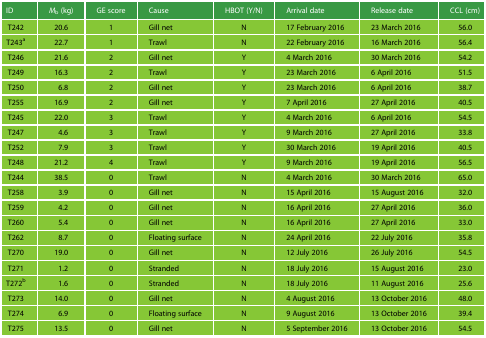
<table><thead><tr><td><b>ID</b></td><td><b><i>M</i><sub>b</sub> (kg)</b></td><td><b>GE score</b></td><td><b>Cause</b></td><td><b>HBOT (Y/N)</b></td><td><b>Arrival date</b></td><td><b>Release date</b></td><td><b>CCL (cm)</b></td></tr></thead><tbody><tr><td>T242</td><td>20.6</td><td>1</td><td>Gill net</td><td>N</td><td>17 February 2016</td><td>23 March 2016</td><td>56.0</td></tr><tr><td>T243<sup>a</sup></td><td>22.7</td><td>1</td><td>Trawl</td><td>N</td><td>22 February 2016</td><td>16 March 2016</td><td>56.4</td></tr><tr><td>T246</td><td>21.6</td><td>2</td><td>Gill net</td><td>Y</td><td>4 March 2016</td><td>30 March 2016</td><td>54.2</td></tr><tr><td>T249</td><td>16.3</td><td>2</td><td>Trawl</td><td>Y</td><td>23 March 2016</td><td>6 April 2016</td><td>51.5</td></tr><tr><td>T250</td><td>6.8</td><td>2</td><td>Gill net</td><td>Y</td><td>23 March 2016</td><td>6 April 2016</td><td>38.7</td></tr><tr><td>T255</td><td>16.9</td><td>2</td><td>Gill net</td><td>Y</td><td>7 April 2016</td><td>27 April 2016</td><td>40.5</td></tr><tr><td>T245</td><td>22.0</td><td>3</td><td>Trawl</td><td>Y</td><td>4 March 2016</td><td>6 April 2016</td><td>54.5</td></tr><tr><td>T247</td><td>4.6</td><td>3</td><td>Trawl</td><td>Y</td><td>9 March 2016</td><td>27 April 2016</td><td>33.8</td></tr><tr><td>T252</td><td>7.9</td><td>3</td><td>Trawl</td><td>Y</td><td>30 March 2016</td><td>19 April 2016</td><td>40.5</td></tr><tr><td>T248</td><td>21.2</td><td>4</td><td>Trawl</td><td>Y</td><td>9 March 2016</td><td>19 April 2016</td><td>56.5</td></tr><tr><td>T244</td><td>38.5</td><td>0</td><td>Trawl</td><td>N</td><td>4 March 2016</td><td>30 March 2016</td><td>65.0</td></tr><tr><td>T258</td><td>3.9</td><td>0</td><td>Gill net</td><td>N</td><td>15 April 2016</td><td>15 August 2016</td><td>32.0</td></tr><tr><td>T259</td><td>4.2</td><td>0</td><td>Gill net</td><td>N</td><td>16 April 2016</td><td>27 April 2016</td><td>36.0</td></tr><tr><td>T260</td><td>5.4</td><td>0</td><td>Gill net</td><td>N</td><td>16 April 2016</td><td>27 April 2016</td><td>33.0</td></tr><tr><td>T262</td><td>8.7</td><td>0</td><td>Floating surface</td><td>N</td><td>24 April 2016</td><td>22 July 2016</td><td>35.8</td></tr><tr><td>T270</td><td>19.0</td><td>0</td><td>Gill net</td><td>N</td><td>12 July 2016</td><td>26 July 2016</td><td>54.5</td></tr><tr><td>T271</td><td>1.2</td><td>0</td><td>Stranded</td><td>N</td><td>18 July 2016</td><td>15 August 2016</td><td>23.0</td></tr><tr><td>T272<sup>b</sup></td><td>1.6</td><td>0</td><td>Stranded</td><td>N</td><td>18 July 2016</td><td>11 August 2016</td><td>25.6</td></tr><tr><td>T273</td><td>14.0</td><td>0</td><td>Gill net</td><td>N</td><td>4 August 2016</td><td>13 October 2016</td><td>48.0</td></tr><tr><td>T274</td><td>6.9</td><td>0</td><td>Floating surface</td><td>N</td><td>9 August 2016</td><td>13 October 2016</td><td>39.4</td></tr><tr><td>T275</td><td>13.5</td><td>0</td><td>Gill net</td><td>N</td><td>5 September 2016</td><td>13 October 2016</td><td>54.5</td></tr></tbody></table>